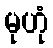
မုဟုံ